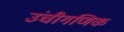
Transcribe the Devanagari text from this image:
उंचीगणिक